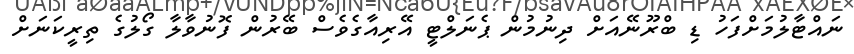
ނައްޓާލުމަށްފަހު ޑި ބްރޫނޭއަށް ދިނުމުން ޕެނަލްޓީ އޭރިއާގެވެސް ބޭރުން ފޮނުވާލާ ގޯލުގެ ތިރީކަނަށް